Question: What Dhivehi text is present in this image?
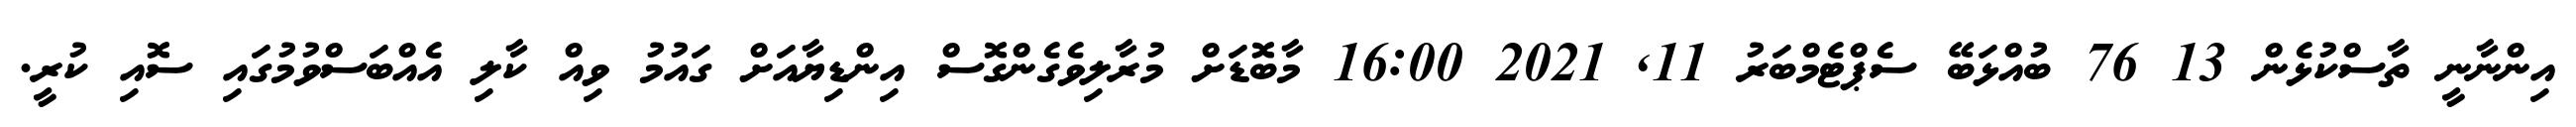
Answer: އިންނާނީ ތާސްކުޅެން 13 76 ބުއްޅަބޭ ސެޕްޓެމްބަރު 11, 2021 16:00 މާބޮޑަށް މުރާލިވެގެންގޮސް އިންޑިޔާއަށް ގައުމު ވިއް ކާލި އެއްބަސްވުމުގައި ސޮއި ކުރީ.